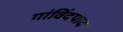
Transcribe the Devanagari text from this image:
गांविंदपाद